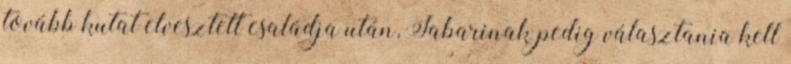
tovább kutat elvesztett családja után, Jabarinak pedig választania kell